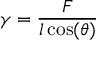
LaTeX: \gamma = { \frac { F } { l \cos ( \theta ) } }